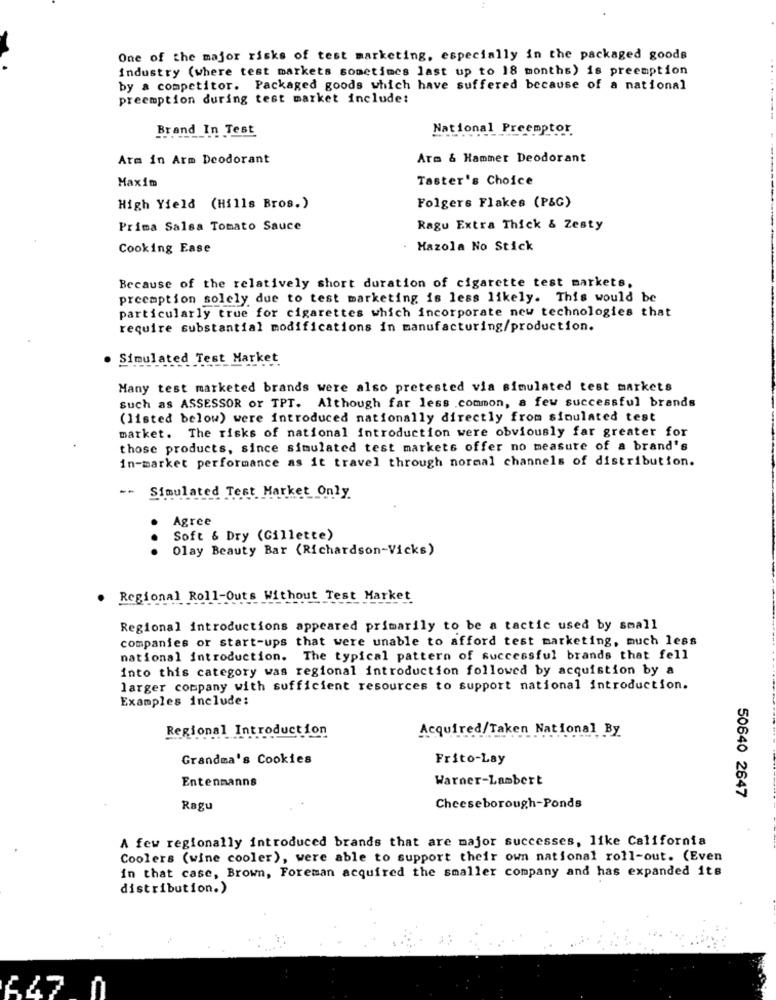
One of the major risks of test marketing, especially in the packaged goods
industry (where test markets sometimes last up to 18 months) is preemption
by a competitor. Packaged goods which have suffered because of a national
preemption during test market include:
Brand In Test
National Preemptor
Arm in Arm Deodorant
Arm & Hammer Deodorant
Maxim
Taster's Choice
Folgers Flakes (P&G)
High Yield (Hills Bros.)
Prima Salsa Tomato Sauce
Ragu Extra Thick & Zesty
Cooking Ease
. Hazola No Stick
Because of the relatively short duration of cigarette test markets.
preemption solely due to test marketing is less likely. This would be
particularly true for cigarettes which incorporate new technologies that
require substantial modifications in manufacturing/production.
· Simulated Test Market
Many test marketed brands were also pretested via simulated test markets
such as ASSESSOR or TPT. Although far less .common, a few successful brands
(listed below) were introduced nationally directly from simulated test
market. The risks of national introduction were obviously far greater for
those products, since simulated test markets offer no measure of a brand's
in-market performance as it travel through normal channels of distribution.
-- Simulated Test Market Only
Agree
Soft & Dry (Gillette)
...
Olay Beauty Bar (Richardson-Vicks)
Regional Roll-Outs Without Test Market
Regional introductions appeared primarily to be a tactic used by small
companies or start-ups that were unable to afford test marketing, much less
national introduction. The typical pattern of successful brands that fell
into this category was regional introduction followed by acquistion by a
larger company with sufficient resources to support national introduction.
Examples include:
Regional Introduction
Acquired/Taken National By
Grandma's Cookies
Frito-Lay
Entenmanns
Warner-Lambert
50640 2647
Ragu
Cheeseborough-Ponds
A few regionally introduced brands that are major successes, like California
Coolers (wine cooler), were able to support their own national roll-out. (Even
in that case, Brown, Foreman acquired the smaller company and has expanded its
distribution.)
647.